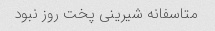
متاسفانه شیرینی پخت روز نبود